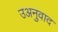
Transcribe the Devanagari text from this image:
उअनुवाद